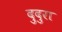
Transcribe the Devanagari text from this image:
दुदुरा